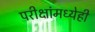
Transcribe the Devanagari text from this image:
परीक्षांमध्येही